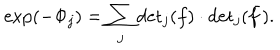
\exp ( - \Phi _ { j } ) = \sum _ { j } \mathrm { d e t } _ { j } ( f ) \cdot \mathrm { d e t } _ { j } ( \bar { f } ) .